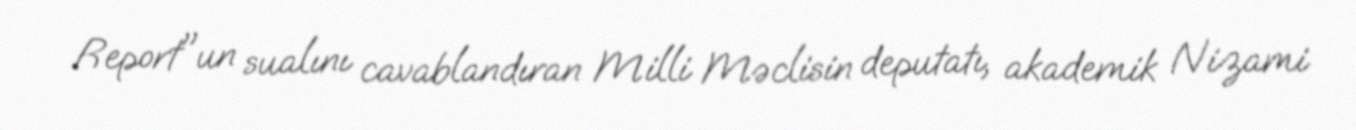
Report"un sualını cavablandıran Milli Məclisin deputatı, akademik Nizami